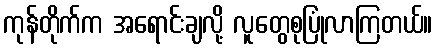
ကုန်တိုက်က အရောင်းချလို့ လူတွေစုပြုံလာကြတယ်။